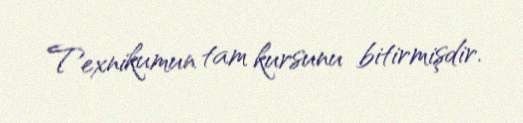
Texnikumun tam kursunu bitirmişdir.